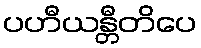
ပဟီယန္တီတိပေ